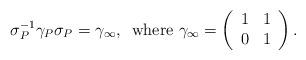
LaTeX: \begin{align*}\sigma_{P}^{-1}\gamma_{P}\sigma_{P}=\gamma_{\infty},\,\,\,\mathrm{where}\,\,\gamma_{\infty}=\left(\begin{array}{ccc} 1 & 1\\ 0 & 1 \end{array}\right).\end{align*}